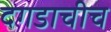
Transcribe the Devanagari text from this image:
दगडाचीच